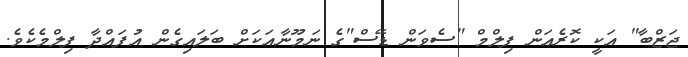
ޖަޒްބާ" އަކީ ކޮރެއަން ފިލްމް "ސެވަން ޑޭސް"ގެ ނަމޫނާއަކަށް ބަލައިގެން އުފައްދާ ފިލްމެކެވެ.